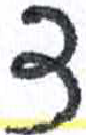
אות: ד